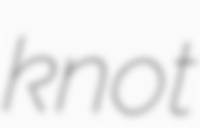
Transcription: knot